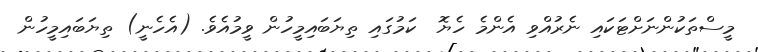
މީސްތަކުންނަށްޓަކައި ނެރުއްވި އެންމެ ހެޔޮ  ކަމުގައި ތިޔަބައިމީހުން ވީމުއެވެ. (އެހެނީ) ތިޔަބައިމީހުން